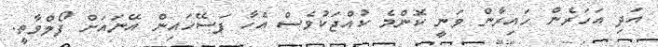
އަދި އަހަރެން ހައިރާން ވަނީ ކޮންމެ ކުއްޖަކުވެސް އެހާ ފަސޭހައިން އޭނައަށް ފޯލްވާތީ.